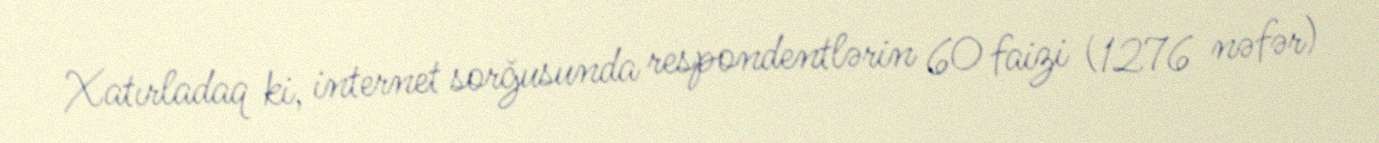
Xatırladaq ki, internet sorğusunda respondentlərin 60 faizi (1276 nəfər)